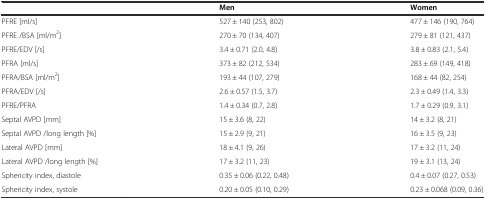
<table><thead><tr><td></td><td><b>Men</b></td><td><b>Women</b></td></tr></thead><tbody><tr><td>PFRE [ml/s]</td><td>527 ± 140 (253, 802)</td><td>477 ± 146 (190, 764)</td></tr><tr><td>PFRE /BSA [ml/m<sup>2</sup>]</td><td>270 ± 70 (134, 407)</td><td>279 ± 81 (121, 437)</td></tr><tr><td>PFRE/EDV [/s]</td><td>3.4 ± 0.71 (2.0, 4.8)</td><td>3.8 ± 0.83 (2.1, 5.4)</td></tr><tr><td>PFRA [ml/s]</td><td>373 ± 82 (212, 534)</td><td>283 ± 69 (149, 418)</td></tr><tr><td>PFRA/BSA [ml/m<sup>2</sup>]</td><td>193 ± 44 (107, 279)</td><td>168 ± 44 (82, 254)</td></tr><tr><td>PFRA/EDV [/s]</td><td>2.6 ± 0.57 (1.5, 3.7)</td><td>2.3 ± 0.49 (1.4, 3.3)</td></tr><tr><td>PFRE/PFRA</td><td>1.4 ± 0.34 (0.7, 2.8)</td><td>1.7 ± 0.29 (0.9, 3.1)</td></tr><tr><td>Septal AVPD [mm]</td><td>15 ± 3.6 (8, 22)</td><td>14 ± 3.2 (8, 21)</td></tr><tr><td>Septal AVPD /long length [%]</td><td>15 ± 2.9 (9, 21)</td><td>16 ± 3.5 (9, 23)</td></tr><tr><td>Lateral AVPD [mm]</td><td>18 ± 4.1 (9, 26)</td><td>17 ± 3.2 (11, 24)</td></tr><tr><td>Lateral AVPD /long length [%]</td><td>17 ± 3.2 (11, 23)</td><td>19 ± 3.1 (13, 24)</td></tr><tr><td>Sphericity index, diastole</td><td>0.35 ± 0.06 (0.22, 0.48)</td><td>0.4 ± 0.07 (0.27, 0.53)</td></tr><tr><td>Sphericity index, systole</td><td>0.20 ± 0.05 (0.10, 0.29)</td><td>0.23 ± 0.068 (0.09, 0.36)</td></tr></tbody></table>